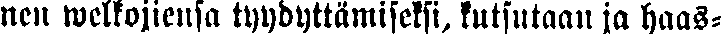
nen welkojiensa tyydyttämiseksi, kutsutaan ja haas-